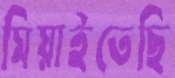
মিয়াইতেছি